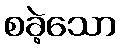
စခဲ့သော